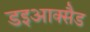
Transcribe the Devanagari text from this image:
डइआक्सैड